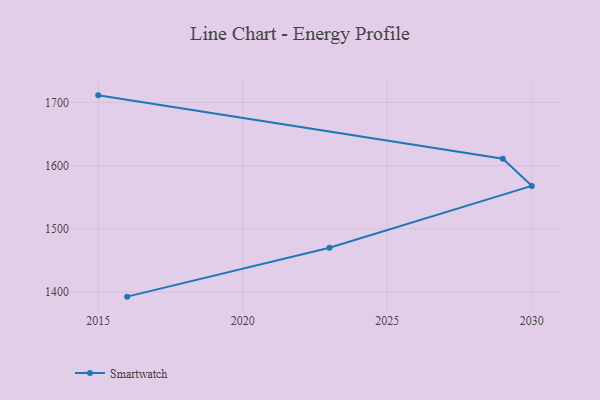
{"axis": {"x": "Year", "y": "Churn Rate (%)"}, "legend": ["Smartwatch"], "data": [{"x": "2016", "y": 1392.8, "type": "Smartwatch"}, {"x": "2023", "y": 1470.2, "type": "Smartwatch"}, {"x": "2030", "y": 1568.0, "type": "Smartwatch"}, {"x": "2029", "y": 1611.0, "type": "Smartwatch"}, {"x": "2015", "y": 1711.2, "type": "Smartwatch"}]}